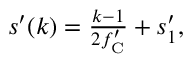
\begin{array} { r } { s ^ { \prime } ( k ) = \frac { k - 1 } { 2 f _ { \mathrm { C } } ^ { \prime } } + s _ { 1 } ^ { \prime } , } \end{array}